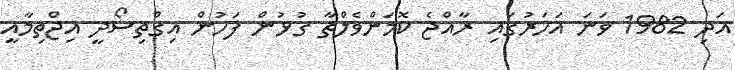
އަދި 1982 ވަނަ އަހަރުގައި ރާއްޖެ ކޮމަންވެލްތާ ގުޅުން ފަހުން އިގްތިސޯދީ އިޖްތިމާއީ